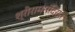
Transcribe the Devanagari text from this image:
श्रीराममंदिरात